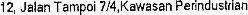
12, JALAN TAMPOI 7/4,KAWASAN PERINDUSTRLAN